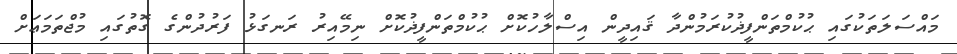
މައްސަލަތަކުގައި ޙުކުމްތަންފީޛުކުރަމުންދާ ޤައިދީން އިސްލާހުކޮށް ޙުކުމްތަންފީޛުކޮށް ނިމޭއިރު ރަނގަޅު ފަރުދުންގެ ގޮތުގައި މުޖްތަމަޢަށް